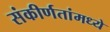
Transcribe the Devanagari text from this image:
संकीर्णतांमध्ये